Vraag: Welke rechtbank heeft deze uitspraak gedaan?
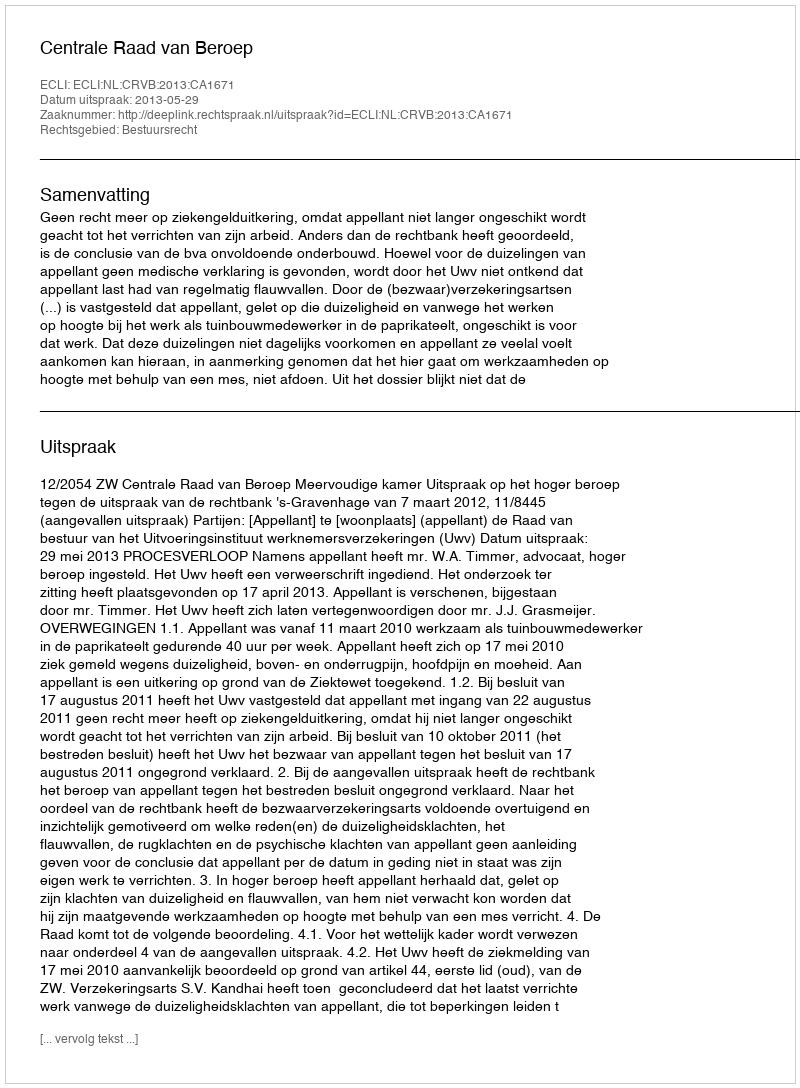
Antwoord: Centrale Raad van Beroep